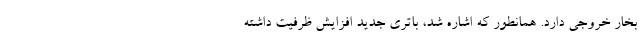
بخار خروجی دارد. همانطور که اشاره شد، باتری جدید افزایش ظرفیت داشته